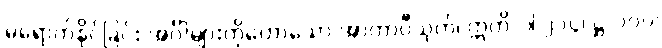
မရောက်နိုင်ခြင်း အင်္ဂါများကိုဟောသော အာတာပီသုတ်၊ ဣတိ-ပါ-၂၁၄၊ ဋ္ဌ-၁၀၀၊